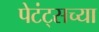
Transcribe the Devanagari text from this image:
पेटंट्सच्या